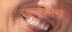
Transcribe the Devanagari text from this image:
छ्न्द्रशास्त्र